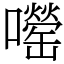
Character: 𫬨